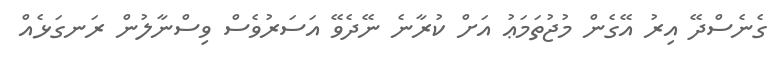
ގެނެސްދޭ އިރު އޭގެން މުޖުތަމަޢު އަށް ކުރާނެ ނޭދެވޭ އަސަރުވެސް ވިސްނާލުން ރަަނގަޅެއް